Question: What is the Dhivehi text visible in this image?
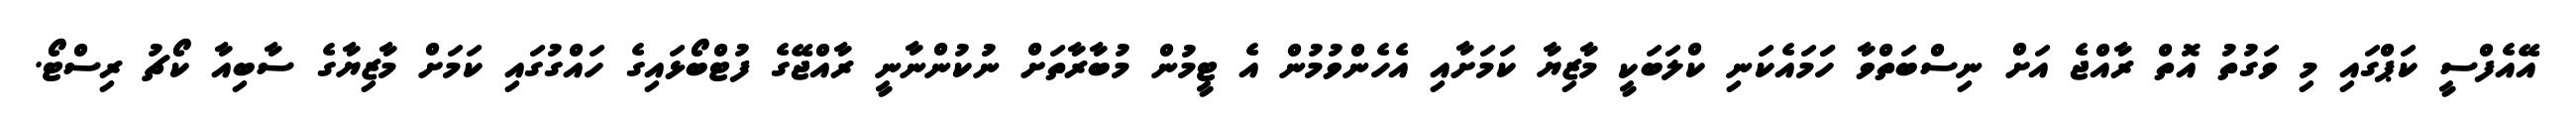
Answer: އޭއެފްސީ ކަޕްގައި މި ވަގުތު އޮތް ރާއްޖެ އަށް ނިސްބަތްވާ ހަަމައެކަނި ކްލަބަކީ މާޒިޔާ ކަމަށާއި އެހެންވުމުން އެ ޓީމުން މުބާރާތަށް ނުކުންނާނީ ރާއްޖޭގެ ފުޓްބޯޅައިގެ ހައްގުގައި ކަމަށް މާޒިޔާގެ ސާބިއާ ކޯޗު ރިސްޓޯ.